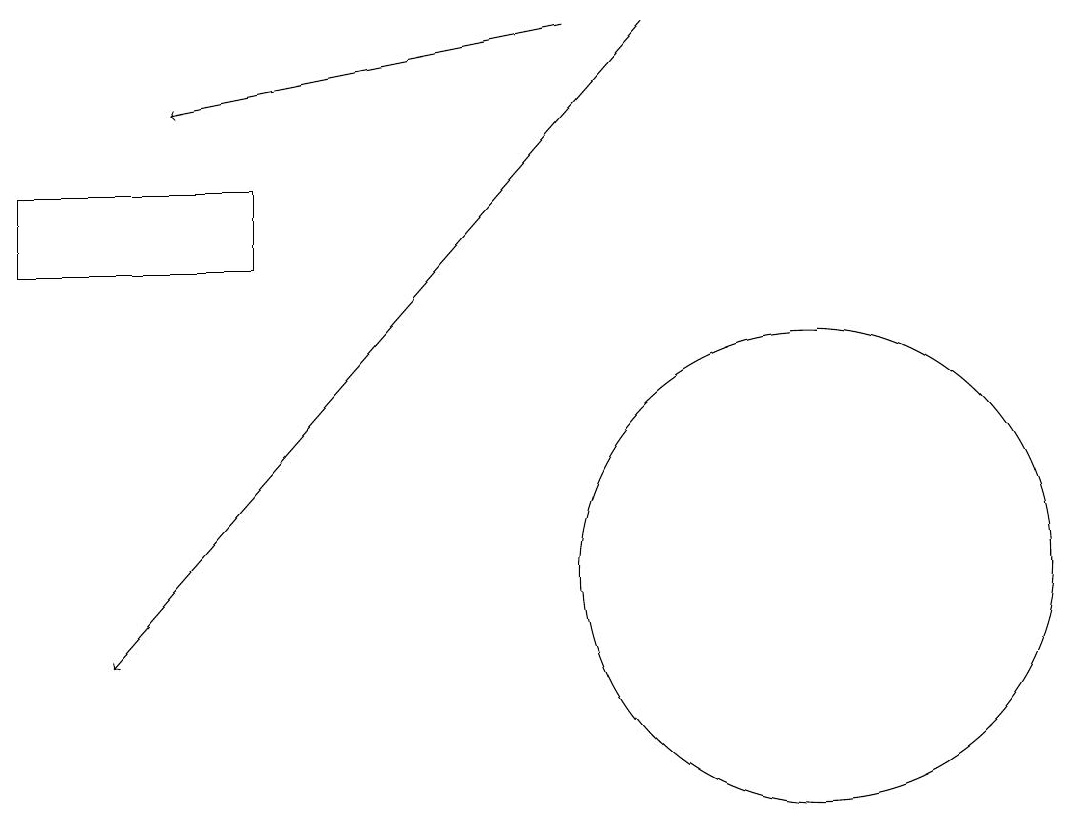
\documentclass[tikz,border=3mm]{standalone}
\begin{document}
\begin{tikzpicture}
\draw[->] (7,19) -- (2,18);
\draw (10,12) circle (3);
\draw (0,17) rectangle (3,16);
\draw[->] (8,19) -- (1,11);
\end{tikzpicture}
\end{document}